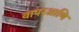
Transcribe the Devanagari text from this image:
वापरआणि